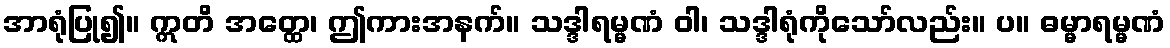
အာရုံပြု၍။ ဣတိ အတ္ထေ၊ ဤကားအနက်။ သဒ္ဒါရမ္မဏံ ဝါ၊ သဒ္ဒါရုံကိုသော်လည်း။ ပ။ ဓမ္မာရမ္မဏံ